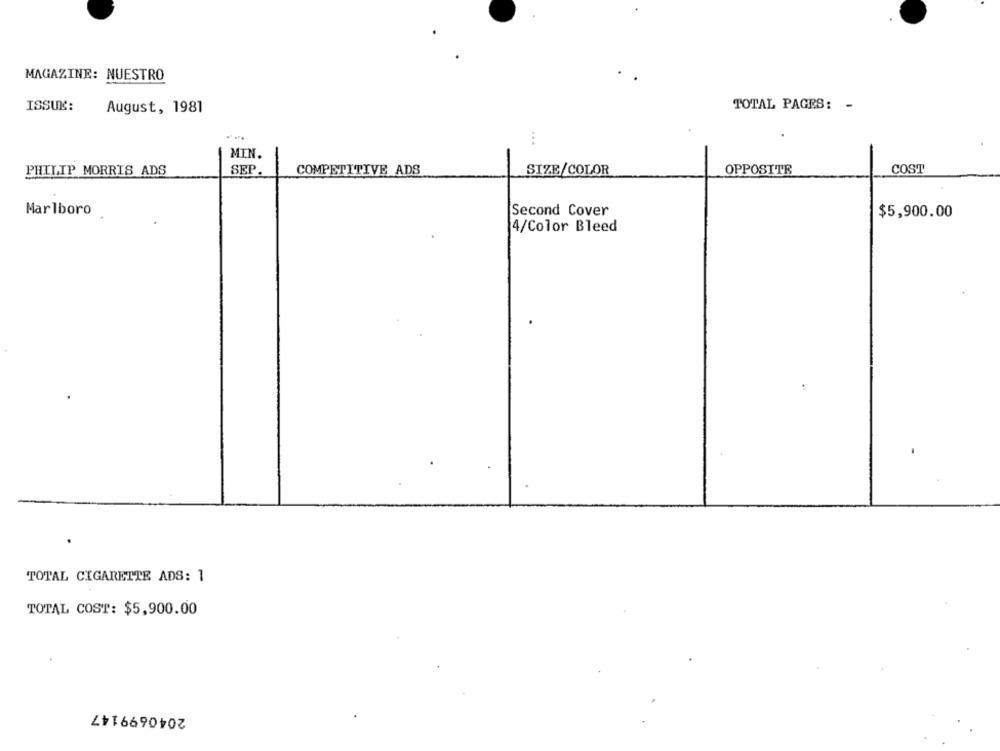
MAGAZINE: NUESTRO
TOTAL PAGES: -
ISSUE:
August, 1981
MIN.
PHILIP MORRIS ADS
SEP
COMPETITIVE ADS
SIZE/COLOR
OPPOSITE
COST
Marlboro
Second Cover
$5,900.00
4/Color Bleed
TOTAL CIGARETTE ADS: 1
TOTAL COST: $5,900.00
2040699147